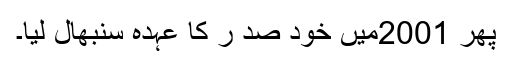
پھر 2001میں خود صد ر کا عہدہ سنبھال لیا۔